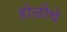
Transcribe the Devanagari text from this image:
होळीचे